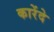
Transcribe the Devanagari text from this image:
कारेंदे